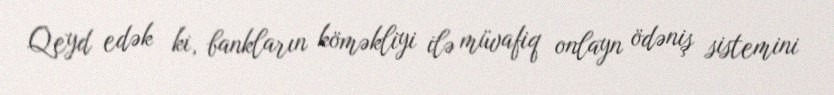
Qeyd edək ki, bankların köməkliyi ilə müvafiq onlayn ödəniş sistemini